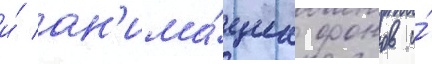
и́ ан'има́циа фонов и́